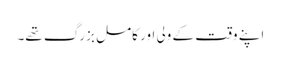
اپنے وقت کے ولی اور کامل بزرگ تھے۔